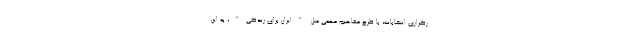
رگزاری انتخابات، با طرح مفاهیم مهمی مثل "ایران برای زندگی"، به این